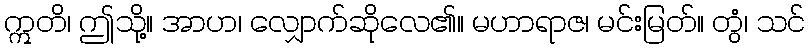
ဣတိ၊ ဤသို့။ အာဟ၊ လျှောက်ဆိုလေ၏။ မဟာရာဇ၊ မင်းမြတ်။ တွံ၊ သင်